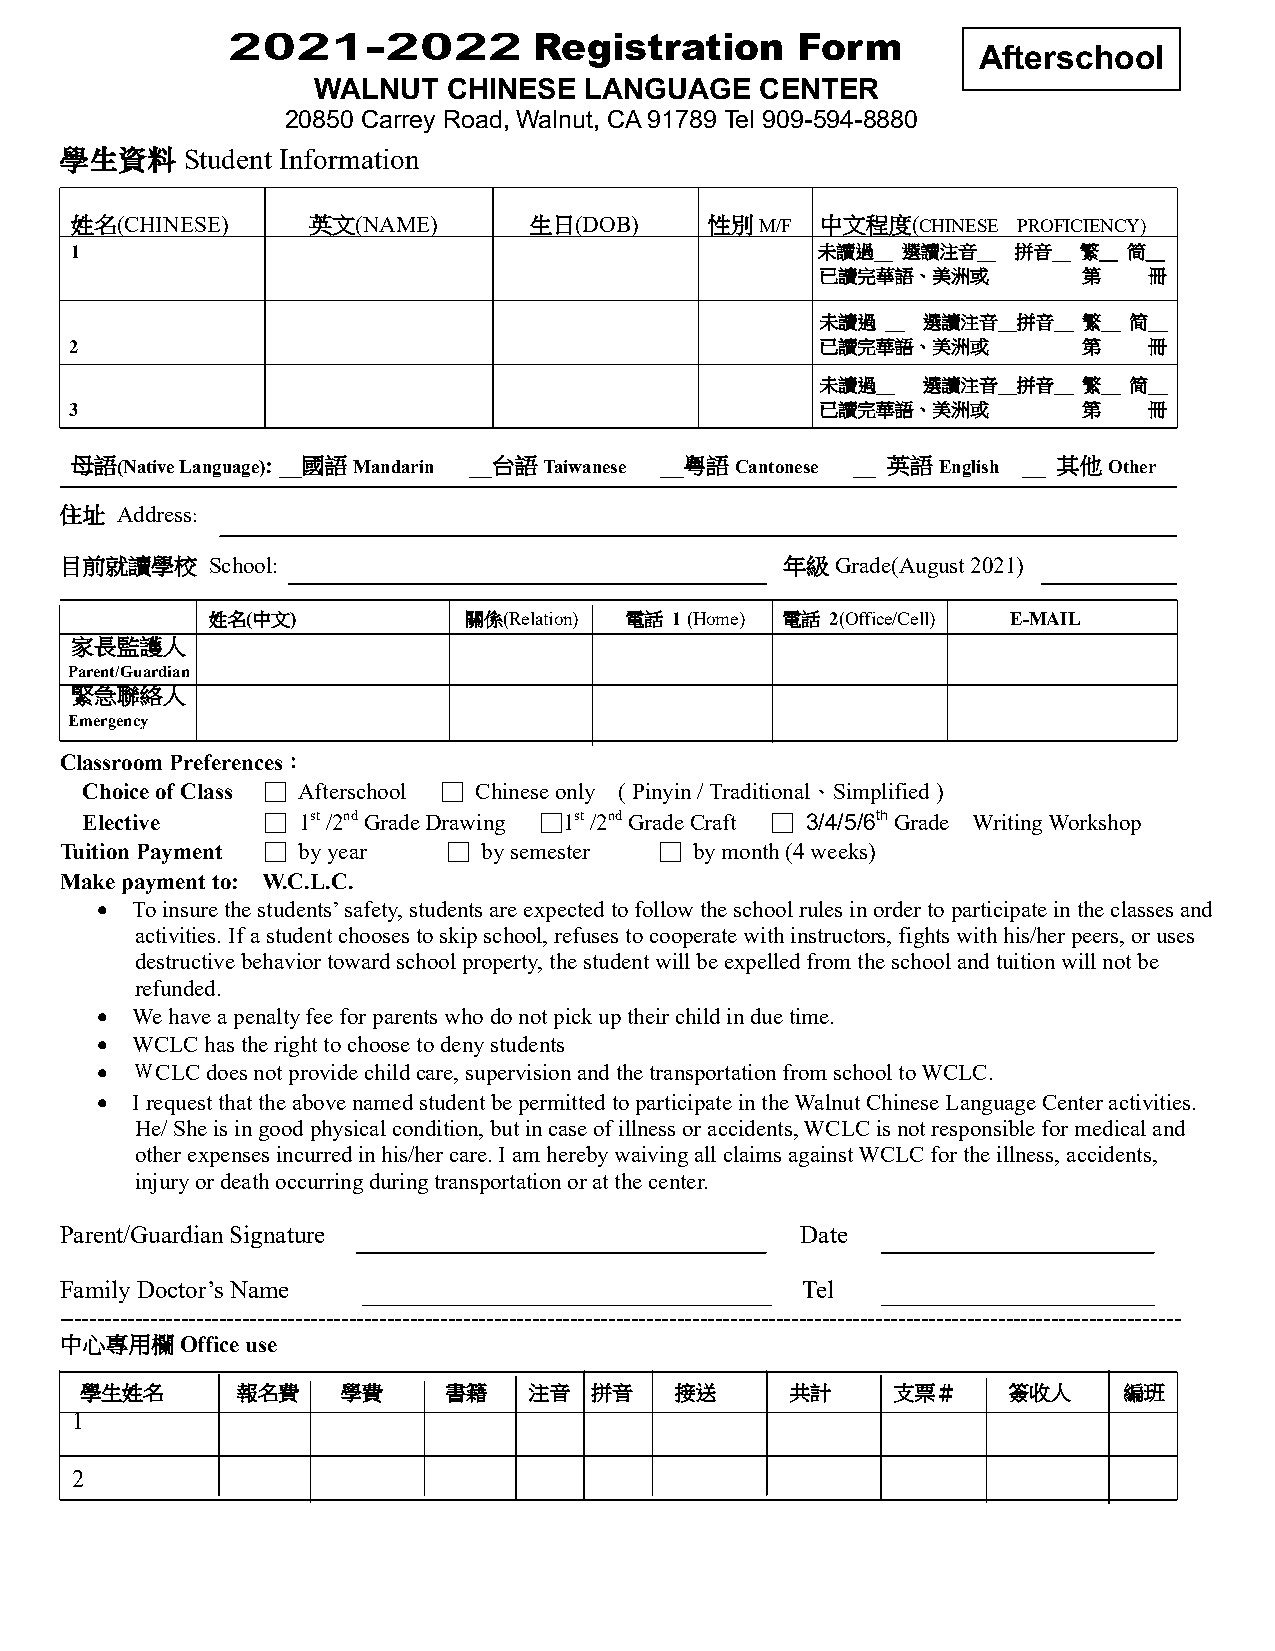
2021-2022           Registration      Form
 Afterschool
 WALNUT   CHINESE  LANGUAGE   CENTER
 20850 Carrey Road, Walnut, CA 91789 Tel 909-594-8880
 學生資料    Student Information
 姓名(CHINESE)    英文(NAME)       生日(DOB)     性別M/F  中文程度(CHINESE PROFICIENCY)
 1                                                未讀過__ 選讀注音__ 拼音__ 繁＿ 简＿
 已讀完華語、美洲或         第   冊
 未讀過  __ 選讀注音__拼音__ 繁＿ 简＿
 2                                                已讀完華語、美洲或         第   冊
 未讀過__  選讀注音__拼音__ 繁＿ 简＿
 3                                                已讀完華語、美洲或         第   冊
 母語(Native Language): __國語Mandarin __台語Taiwanese __粵語Cantonese __ 英語English __ 其他Other
 住址  Address:
 目前就讀學校    School:                               年級Grade(August 2021)
 姓名(中文)           關係(Relation) 電話 1 (Home) 電話 2(Office/Cell) E-MAIL
 家長監護人
 Parent/Guardian
 緊急聯絡人
 Emergency
 Classroom Preferences：
 Choice of Class □ Afterschool □ Chinese only ( Pinyin / Traditional、Simplified )
 Elective     □ 1st /2nd Grade Drawing □1st /2nd Grade Craft □ 3/4/5/6th Grade Writing Workshop
 Tuition Payment □ by year □ by semester □ by month (4 weeks)
 Make payment to: W.C.L.C.
 •  To insure the students’ safety, students are expected to follow the school rules in order to participate in the classes and
 activities. If a student chooses to skip school, refuses to cooperate with instructors, fights with his/her peers, or uses
 destructive behavior toward school property, the student will be expelled from the school and tuition will not be
 refunded.
 •  We have a penalty fee for parents who do not pick up their child in due time.
 •  WCLC has the right to choose to deny students
 •  ＷCLC does not provide child care, supervision and the transportation from school to WCLC.
 •  I request that the above named student be permitted to participate in the Walnut Chinese Language Center activities.
 He/ She is in good physical condition, but in case of illness or accidents, WCLC is not responsible for medical and
 other expenses incurred in his/her care. I am hereby waiving all claims against WCLC for the illness, accidents,
 injury or death occurring during transportation or at the center.
 Parent/Guardian Signature                        Date
 Family Doctor’s Name                             Tel
 ---------------------------------------------------------------------------------------------------------------------------------------------------
 中心專用欄Office use
 學生姓名       報名費    學費    書籍    注音  拼音    接送     共計     支票＃     簽收人    編班
 1
 2